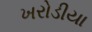
ખરોડીયા